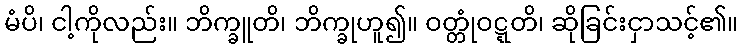
မံပိ၊ ငါ့ကိုလည်း။ ဘိက္ခူတိ၊ ဘိက္ခုဟူ၍။ ဝတ္တုံဝဋ္ဋတိ၊ ဆိုခြင်းငှာသင့်၏။